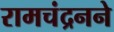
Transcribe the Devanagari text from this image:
रामचंद्रनने